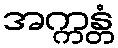
အက္ကန္တံ